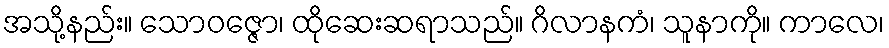
အသို့နည်း။ သောဝဇ္ဇော၊ ထိုဆေးဆရာသည်။ ဂိလာနကံ၊ သူနာကို။ ကာလေ၊